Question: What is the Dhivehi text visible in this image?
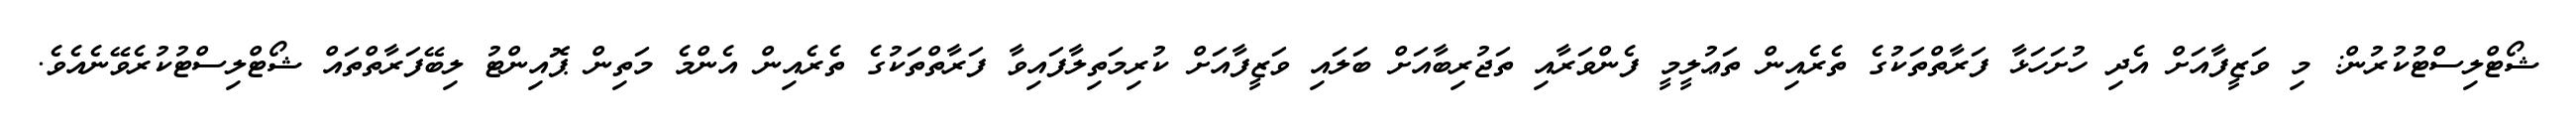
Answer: ޝޯޓްލިސްޓުކުރުން: މި ވަޒީފާއަށް އެދި ހުށަހަޅާ ފަރާތްތަކުގެ ތެރެއިން ތަޢުލީމީ ފެންވަރާއި ތަޖުރިބާއަށް ބަލައި ވަޒީފާއަށް ކުރިމަތިލާފައިވާ ފަރާތްތަކުގެ ތެރެއިން އެންމެ މަތިން ޕޮއިންޓު ލިބޭފަރާތްތައް ޝޯޓްލިސްޓުކުރެވޭނެއެވެ.